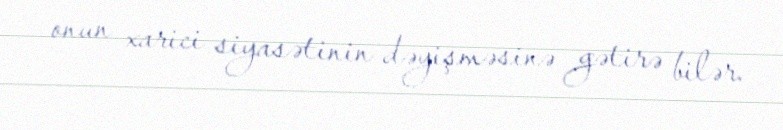
onun xarici siyasətinin dəyişməsinə gətirə bilər.